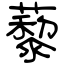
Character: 藜